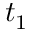
t _ { 1 }